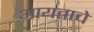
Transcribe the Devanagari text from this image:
आयताचे